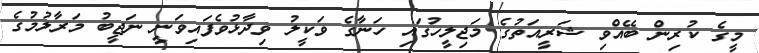
މީގެ ކުރިން ބޭއްވި ޝަރީއަތުގެ މަޖިލީހުގައި ހަނާގެ ވަކީލު ވިދާޅުވެފައިވަނީ ނަޖީބު މަރާލުމުގެ